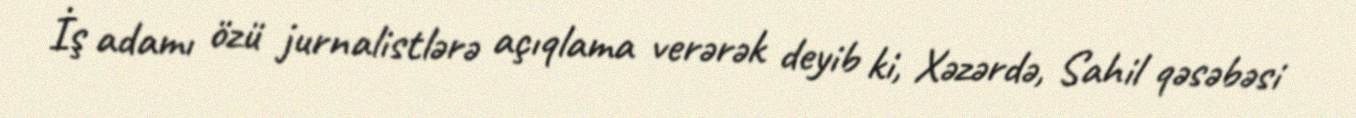
İş adamı özü jurnalistlərə açıqlama verərək deyib ki, Xəzərdə, Sahil qəsəbəsi